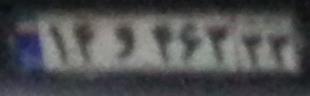
۱۴و۴۶۳۳۳